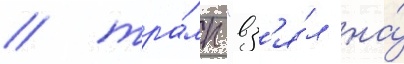
/ тра́мп "вз'я́л на́